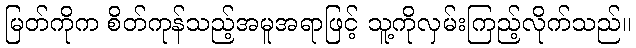
မြတ်ကိုက စိတ်ကုန်သည့်အမူအရာဖြင့် သူ့ကိုလှမ်းကြည့်လိုက်သည်။